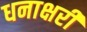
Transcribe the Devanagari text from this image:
धनाक्षरी